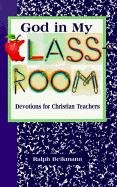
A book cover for God in My Classroom: Devotions for Christian Teachers; Ralph Beikmann; Children's Books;